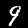
Label: 9